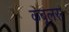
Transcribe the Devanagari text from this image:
कबूलस